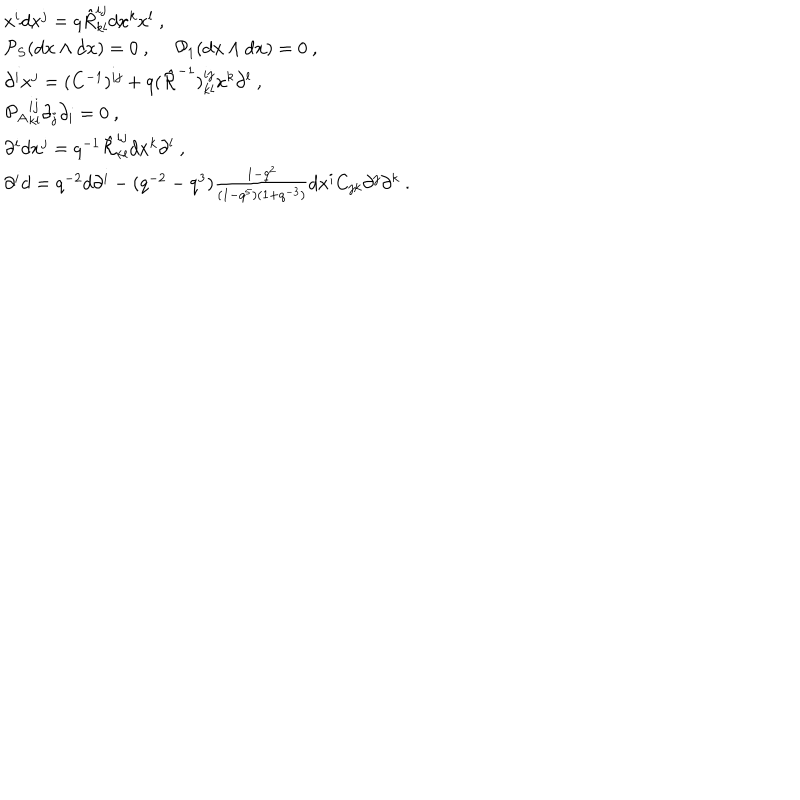
LaTeX: \begin{array} { l } { { x ^ { i } d x ^ { j } = q \hat { R } _ { k l } ^ { i j } d x ^ { k } x ^ { l } ~ , } } \\ { { { \cal P } _ { S } ( d { \bf x } \wedge d { \bf x } ) = 0 ~ , ~ ~ { \cal P } _ { 1 } ( d { \bf x } \wedge d { \bf x } ) = 0 ~ , } } \\ { { \partial ^ { i } x ^ { j } = ( C ^ { - 1 } ) ^ { i j } + q ( \hat { \cal R } ^ { - 1 } ) _ { k l } ^ { i j } x ^ { k } \partial ^ { l } ~ , } } \\ { { \left. { \cal P } _ { A } \right. _ { k l } ^ { i j } \partial _ { j } \partial _ { i } = 0 ~ , } } \\ { { \partial ^ { i } d x ^ { j } = q ^ { - 1 } \hat { \cal R } _ { k l } ^ { i j } d x ^ { k } \partial ^ { l } ~ , } } \\ { { \partial ^ { i } d = q ^ { - 2 } d \partial ^ { i } - ( q ^ { - 2 } - q ^ { 3 } ) \frac { 1 - q ^ { 2 } } { ( 1 - q ^ { 5 } ) ( 1 + q ^ { - 3 } ) } d x ^ { i } C _ { j k } \partial ^ { j } \partial ^ { k } ~ . } } \\ \end{array}